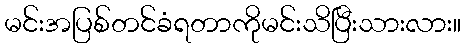
မင်းအပြစ်တင်ခံရတာကိုမင်းသိပြီးသားလား။